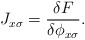
\begin{align*}J_{x\sigma}=\frac{\delta F}{\delta \phi_{x\sigma}}.\end{align*}